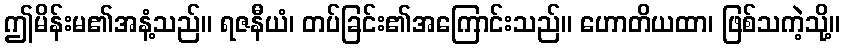
ဤမိန်းမ၏အနံ့သည်။ ရဇနီယံ၊ တပ်ခြင်း၏အကြောင်းသည်။ ဟောတိယထာ၊ ဖြစ်သကဲ့သို့။